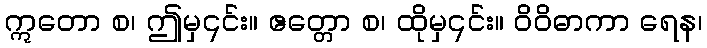
ဣတော စ၊ ဤမှ၎င်း။ ဧတ္တော စ၊ ထိုမှ၎င်း။ ဝိဝိဓာကာ ရေန၊